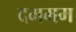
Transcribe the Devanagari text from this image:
दममम